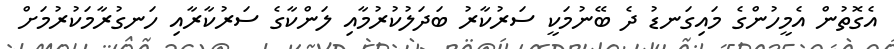
އެގޮތުން އެމީހުންގެ މައިގަނޑު ދެ ބޭނުމަކީ ސަރުކާރު ބަދަލުކުރުމާއި ލަންކާގެ ސަރުކާރާއި ހަނގުރާމަކުރުމަށް